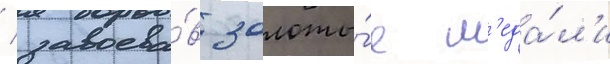
/ завоева́в золоты́е м'еда́л'и